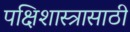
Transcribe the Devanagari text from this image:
पक्षिशास्त्रासाठी